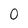
Character: 0